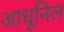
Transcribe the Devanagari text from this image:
आधूनिल